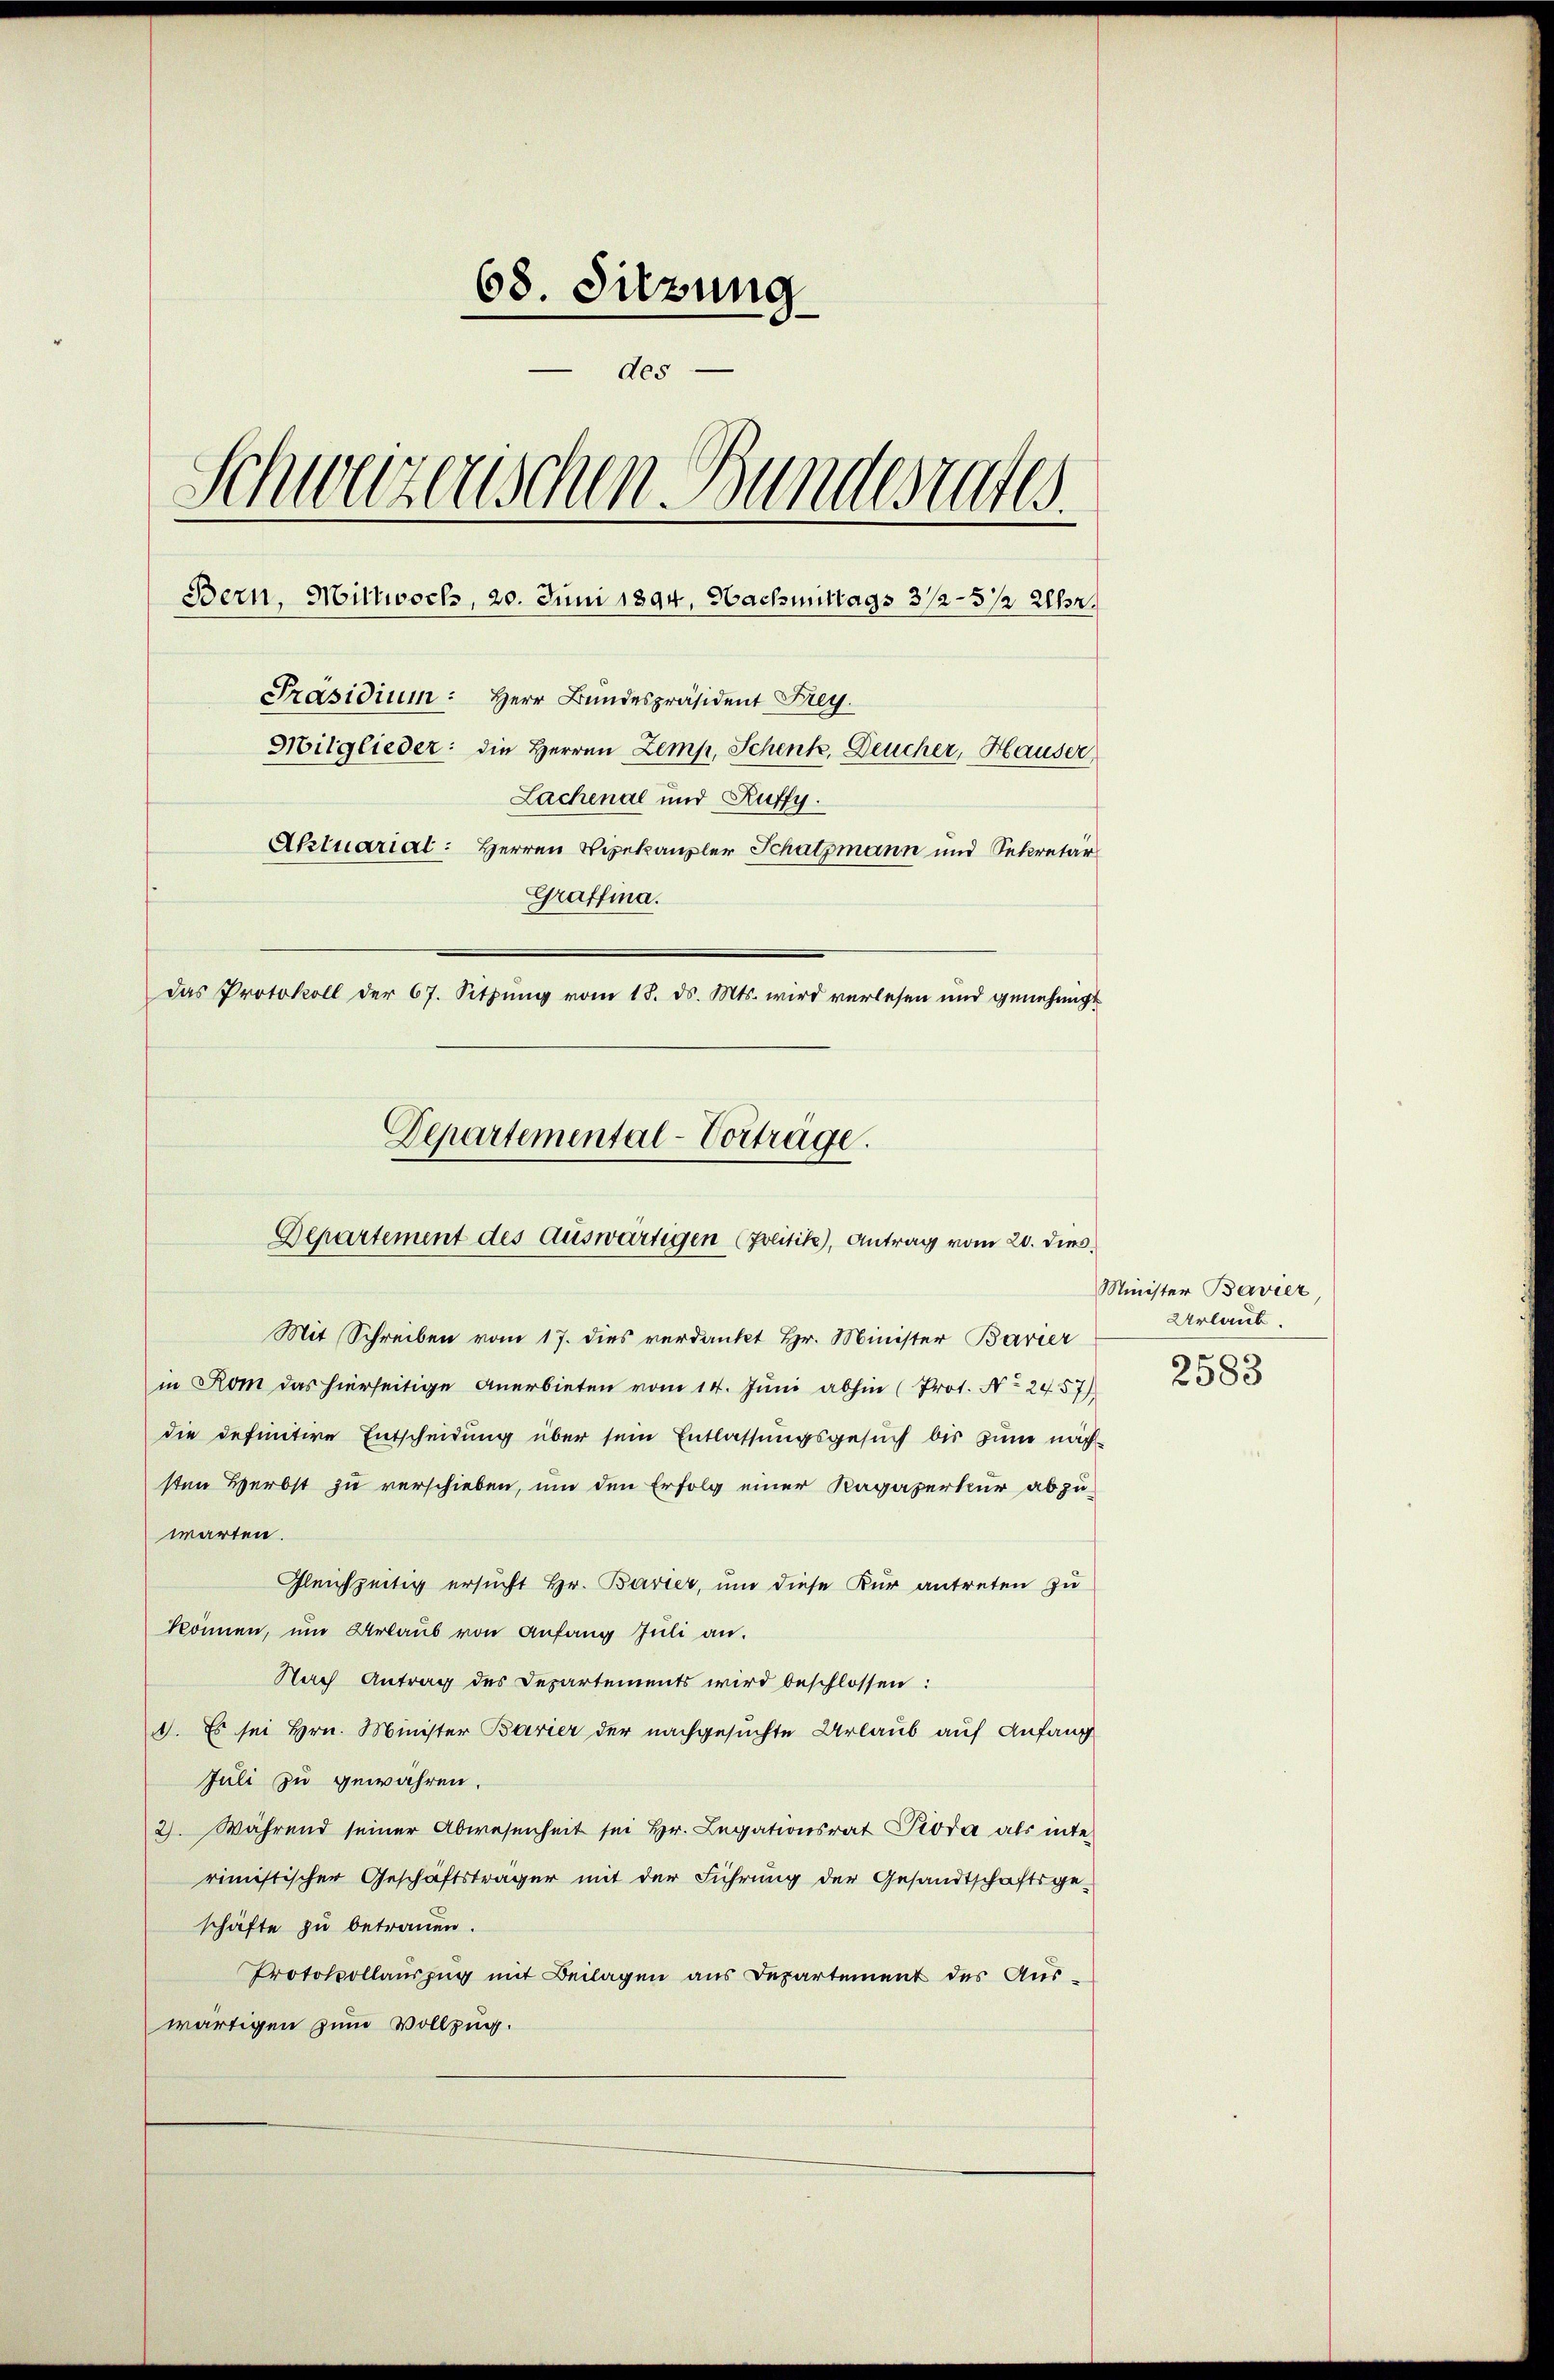
68. Sitzung
des
Schweizerischen Bundesrates.
Bern, Mittwoch, 20. Juni 1894, Nachmittags 3/2-5 1/2 Uhr.
Präsidium: Herr Bundespräsident Frey.
Mitglieder: die Herren Zemp, Schenk, Deucher, Hauser,
Lachenal und Ruffy.
Aktuarial: Herren Vizekanzler Schatzmann und Sekretär
Graffina.
Das Protokoll der 67. Sitzŭng vom 18. ds. Mts. wird verlesen und genehmigt

Departemental-Vorträge.
Departement des Auswärtigen (Zolitik), Antrag vom 20. dies

Mit Schreiben vom 17. dies verdankt Hr. Minister Bavier
in Rom das hierseitige Anerbieten vom 14. Juni abhin (Prot. No 2457)
die definitive Entscheidung über sein Entlassungsgesuch bis zum nächsten Herbst zu verschieben, um den Erfolg einer Ragaperkur abzuwarten.
Gleichzeitig ersucht Hr. Bavier, um diese Kur antreten zu
können, um Urlaub von Anfang Juli an.
Nach Antrag des Departements wird beschlossen:
1. Es sei Hrn. Minister Barier der nachgesuchte Urlaub auf Anfang
Juli zu gewähren.
2). Während seiner Abwesenheit sei Hr. Legationsrat Pioda als inte
rimistischer Geschäftsträger mit der Führung der Gesandtschaftsge-
schäfte zu betrauen.
Protokollauszug mit Beilagen aus Departement des Auswärtigen zum Vollzug.

Minister Bavier,
Urlaub
2583